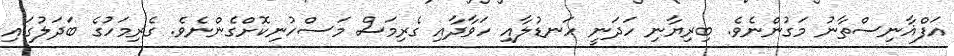
އަފްޣާނިސްތާނު މަގުންނެވެ. ބިރިޔާނި ހަދަނީ ހަނޑުލާއި ހަވާދާއި ގެރިމަސް މަސްހުނިކޮށްގެންނެވެ. ގެރިމަހުގެ ބަދަލުގައި